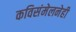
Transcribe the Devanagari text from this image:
कविसंमेलनेही